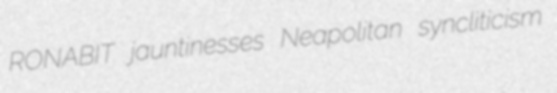
RONABIT jauntinesses Neapolitan syncliticism